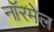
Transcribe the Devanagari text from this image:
नॉरमेल